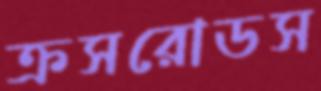
ক্রসরোডস